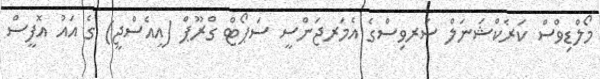
މޯލްޑިވްސް ކަރެކްޝަނަލް ސަރވިސްގެ އެމަރޖަންސީ ސަޕޯޓް ގްރޫޕް (އީއެސްޖީ) ގެ އައު އޮފީސް